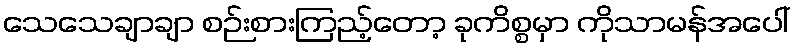
သေသေချာချာ စဉ်းစားကြည့်တော့ ခုကိစ္စမှာ ကိုသာမန်အပေါ်